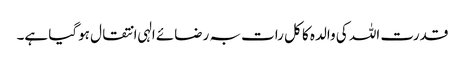
قدرت اللہ کی والدہ کا کل رات بہ رضائے الہی انتقال ہوگیا ہے۔